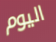
اليوم